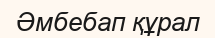
Әмбебап құрал